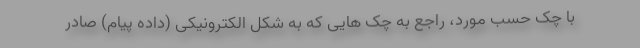
با چک حسب مورد، راجع به چک هایی که به شکل الکترونیکی (داده پیام) صادر